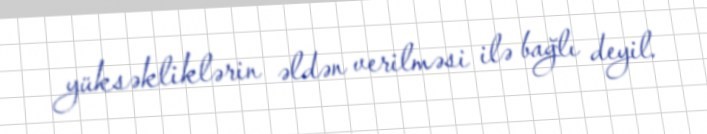
yüksəkliklərin əldən verilməsi ilə bağlı deyil.